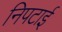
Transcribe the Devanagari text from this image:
निपटाई